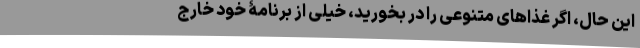
این حال، اگر غذاهای متنوعی را در بخورید، خیلی از برنامۀ خود خارج